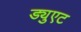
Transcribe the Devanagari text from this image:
ड्युएट